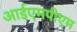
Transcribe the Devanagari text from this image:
आईएमपीएम